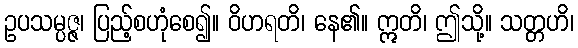
ဥပသမ္ပဇ္ဇ၊ ပြည့်စဟုံစေ၍။ ဝိဟရတိ၊ နေ၏။ ဣတိ၊ ဤသို့။ သတ္တဟိ၊